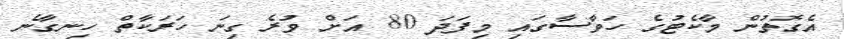
އެގޮތުން މާކެޓުގެ ހަވާސާގައި މިފަދަ 80 އަށް ވުރެ ގިނަ ހަރަކާތް ހިނގާނެ